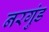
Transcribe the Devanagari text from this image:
नरगुंड